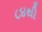
૮૪થી